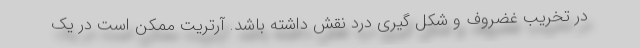
در تخریب غضروف و شکل گیری درد نقش داشته باشد. آرتریت ممکن است در یک